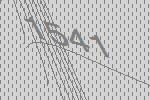
1541